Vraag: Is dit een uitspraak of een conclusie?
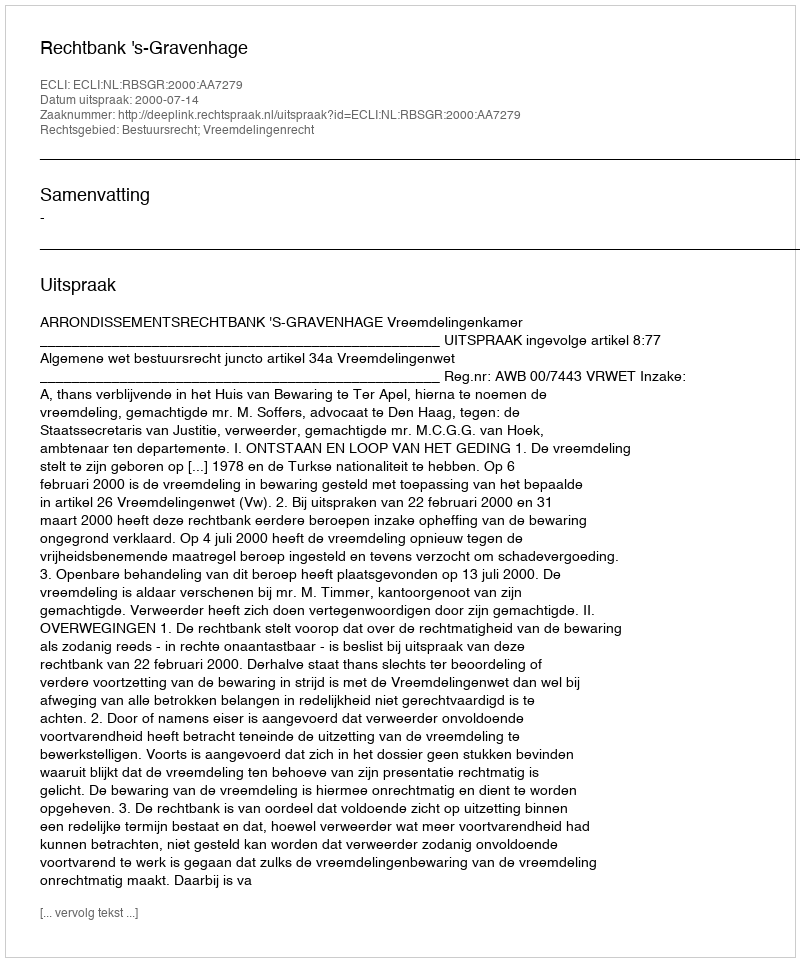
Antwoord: Uitspraak